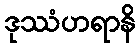
ဒုဿံဟရာနိ